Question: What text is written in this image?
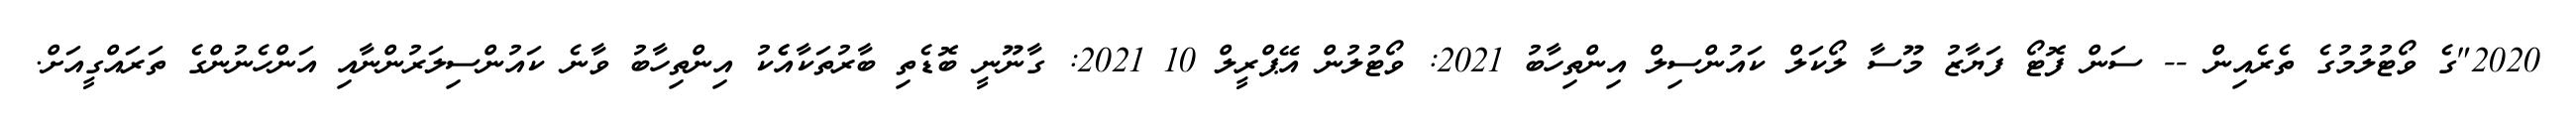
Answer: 2020"ގެ ވޯޓުލުމުގެ ތެރެއިން -- ސަން ފޮޓޯ ފަޔާޒު މޫސާ ލޯކަލް ކައުންސިލް އިންތިހާބު 2021: ވޯޓުލުން އޭޕްރީލް 10 2021: ގާނޫނީ ބޮޑެތި ބާރުތަކާއެެކު އިންތިހާބު ވާނެ ކައުންސިލަރުންނާއި އަންހެނުންގެ ތަރައްގީއަށް.